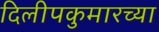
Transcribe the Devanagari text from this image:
दिलीपकुमारच्या